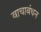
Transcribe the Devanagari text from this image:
वाचाबंधन